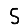
Digit: 5